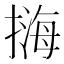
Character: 𢲨